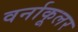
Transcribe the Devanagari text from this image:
वर्नाकूलर